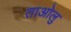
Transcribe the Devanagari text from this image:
ताओलु